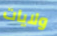
ولايات